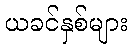
ယခင်နှစ်များ